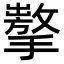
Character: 𢶗